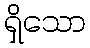
ရှိသော